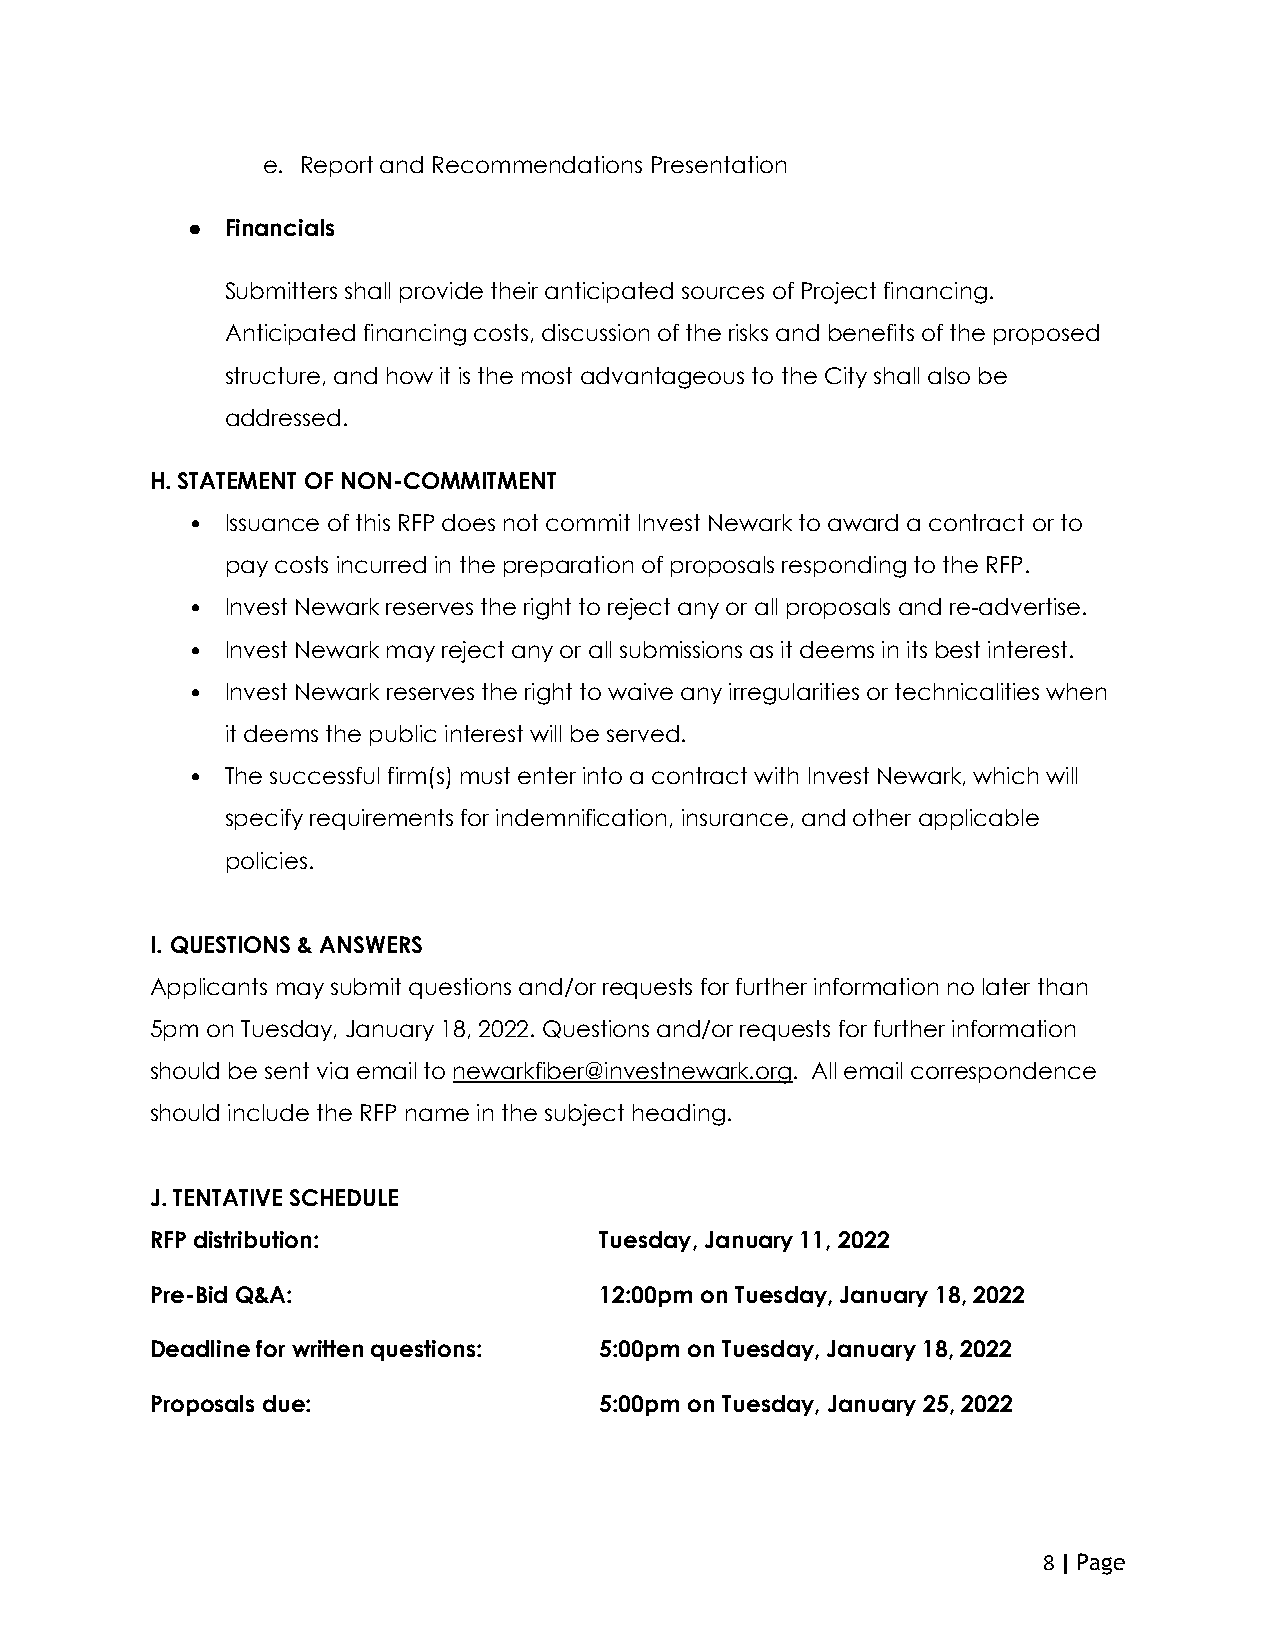
e. Report and Recommendations Presentation
 ●  Financials
 Submitters shall provide their anticipated sources of Project financing.
 Anticipated financing costs, discussion of the risks and benefits of the proposed
 structure, and how it is the most advantageous to the City shall also be
 addressed.
 H. STATEMENT OF NON-COMMITMENT
 •  Issuance of this RFP does not commit Invest Newark to award a contract or to
 pay costs incurred in the preparation of proposals responding to the RFP.
 •  Invest Newark reserves the right to reject any or all proposals and re-advertise.
 •  Invest Newark may reject any or all submissions as it deems in its best interest.
 •  Invest Newark reserves the right to waive any irregularities or technicalities when
 it deems the public interest will be served.
 •  The successful firm(s) must enter into a contract with Invest Newark, which will
 specify requirements for indemnification, insurance, and other applicable
 policies.
 I. QUESTIONS & ANSWERS
 Applicants may submit questions and/or requests for further information no later than
 5pm on Tuesday, January 18, 2022. Questions and/or requests for further information
 should be sent via email to newarkfiber@investnewark.org. All email correspondence
 should include the RFP name in the subject heading.
 J. TENTATIVE SCHEDULE
 RFP distribution:             Tuesday, January 11, 2022
 Pre-Bid Q&A:                  12:00pm on Tuesday, January 18, 2022
 Deadline for written questions: 5:00pm on Tuesday, January 18, 2022
 Proposals due:                5:00pm on Tuesday, January 25, 2022
 8 | Page